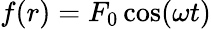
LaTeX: f(r)=F_{0}\cos(\omega t)